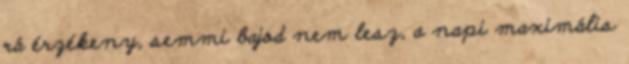
rá érzékeny, semmi bajod nem lesz, a napi maximális